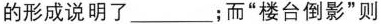
的形成说明了___；而”楼台倒影”则